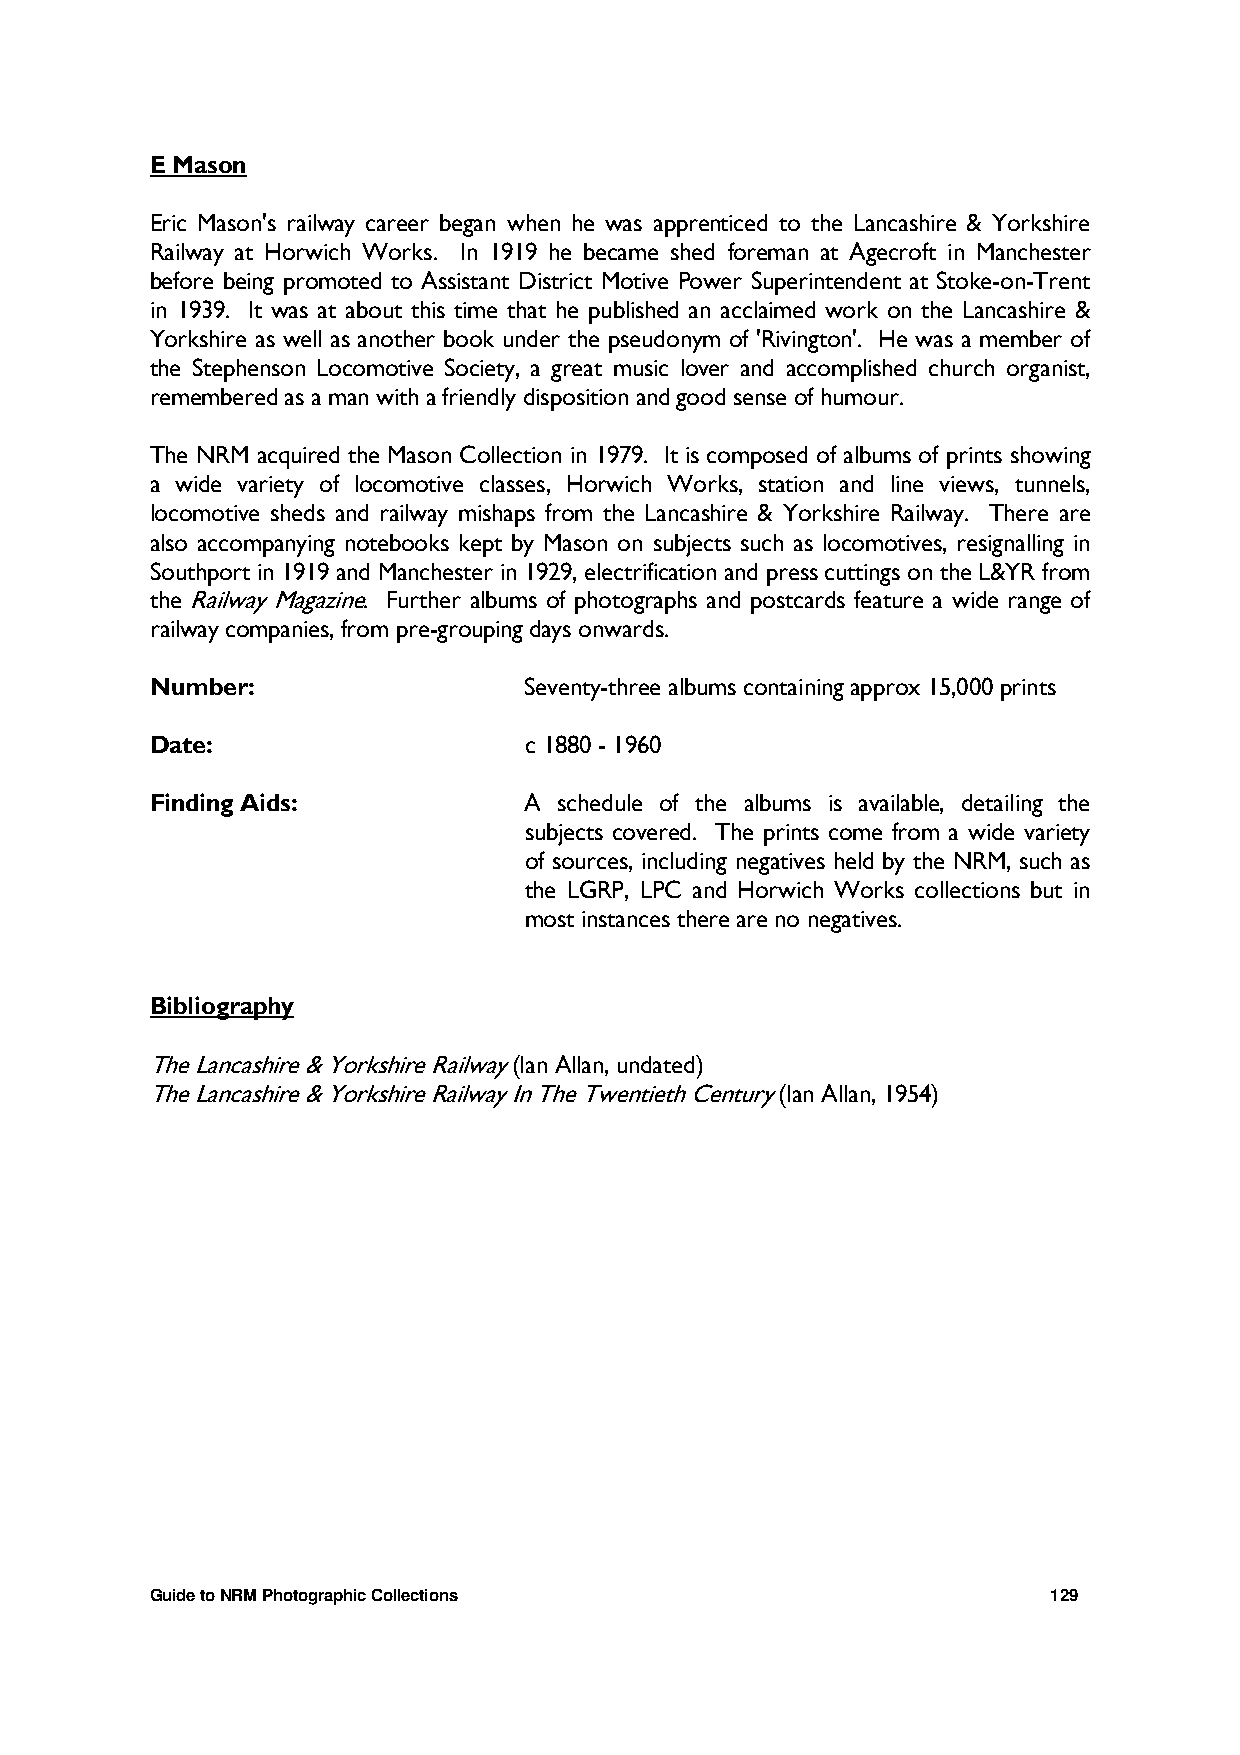
E Mason
 Eric Mason's railway career began when he was apprenticed to the Lancashire & Yorkshire
 Railway at Horwich Works. In 1919 he became shed foreman at Agecroft in Manchester
 before being promoted to Assistant District Motive Power Superintendent at Stoke-on-Trent
 in 1939. It was at about this time that he published an acclaimed work on the Lancashire &
 Yorkshire as well as another book under the pseudonym of 'Rivington'. He was a member of
 the Stephenson Locomotive Society, a great music lover and accomplished church organist,
 remembered as a man with a friendly disposition and good sense of humour.
 The NRM acquired the Mason Collection in 1979. It is composed of albums of prints showing
 a wide variety of locomotive classes, Horwich Works, station and line views, tunnels,
 locomotive sheds and railway mishaps from the Lancashire & Yorkshire Railway. There are
 also accompanying notebooks kept by Mason on subjects such as locomotives, resignalling in
 Southport in 1919 and Manchester in 1929, electrification and press cuttings on the L&YR from
 the Railway Magazine. Further albums of photographs and postcards feature a wide range of
 railway companies, from pre-grouping days onwards.
 Number:                  Seventy-three albums containing approx 15,000 prints
 Date:                    c 1880 - 1960
 Finding Aids:            A schedule of the albums is available, detailing the
 subjects covered. The prints come from a wide variety
 of sources, including negatives held by the NRM, such as
 the LGRP, LPC and Horwich Works collections but in
 most instances there are no negatives.
 Bibliography
 The Lancashire & Yorkshire Railway (Ian Allan, undated)
 The Lancashire & Yorkshire Railway In The Twentieth Century (Ian Allan, 1954)
 Guide to NRM Photographic Collections                       129